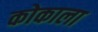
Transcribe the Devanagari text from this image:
कोकाला